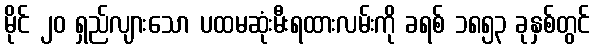
မိုင် ၂၀ ရှည်လျားသော ပထမဆုံးမီးရထားလမ်းကို ခရစ် ၁၈၅၃ ခုနှစ်တွင်